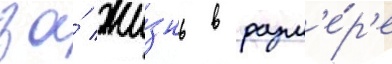
за́ жи́знь в разм'е́р'е